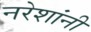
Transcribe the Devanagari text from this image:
नरेशांनी